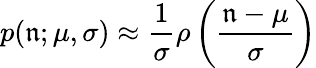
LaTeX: p(\mathfrak{n};\mu,\sigma)\approx\frac{{1}}{{\sigma}}\rho\left(\frac{{\mathfrak{n}-\mu}}{{\sigma}}\right)